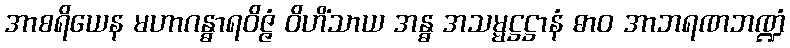
အာစရိယေန မဟာဂန္ဓာရဝိဇ္ဇံ ဝိဟိံသာယ အန္ဓ အသမ္မဋ္ဌဋ္ဌာနံ ဓာဝ အာဘရဏဘဏ္ဍံ